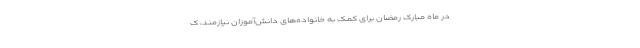
در ماه مبارک رمضان برای کمک به خانواده‌های دانش‌آموزان نیازمند، ک